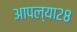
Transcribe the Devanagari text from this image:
आपल्या२८